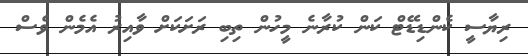
ރިޔާސީ ކެންޑިޑޭޓް ކަން ކުރާނެ މީހުން ތިބި ރަށަކަށް ވާއިރު އެމެން ވެސް